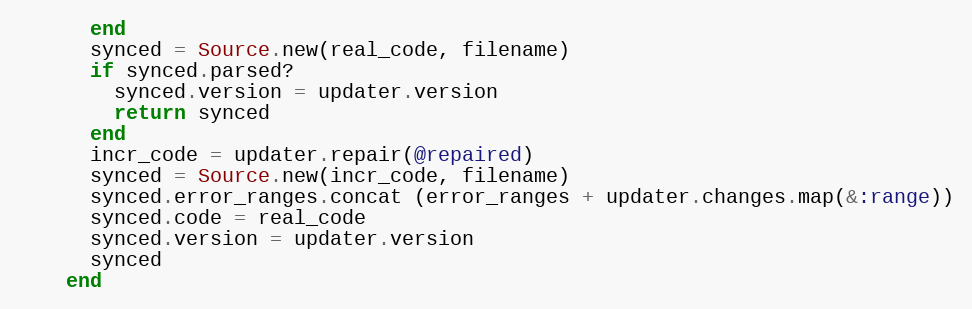
Language: Ruby
      end
      synced = Source.new(real_code, filename)
      if synced.parsed?
        synced.version = updater.version
        return synced
      end
      incr_code = updater.repair(@repaired)
      synced = Source.new(incr_code, filename)
      synced.error_ranges.concat (error_ranges + updater.changes.map(&:range))
      synced.code = real_code
      synced.version = updater.version
      synced
    end